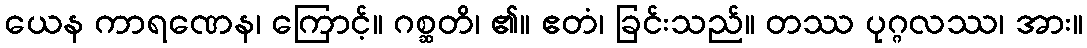
ယေန ကာရဏေန၊ ကြောင့်။ ဂစ္ဆတိ၊ ၏။ ဧတံ၊ ခြင်းသည်။ တဿ ပုဂ္ဂလဿ၊ အား။